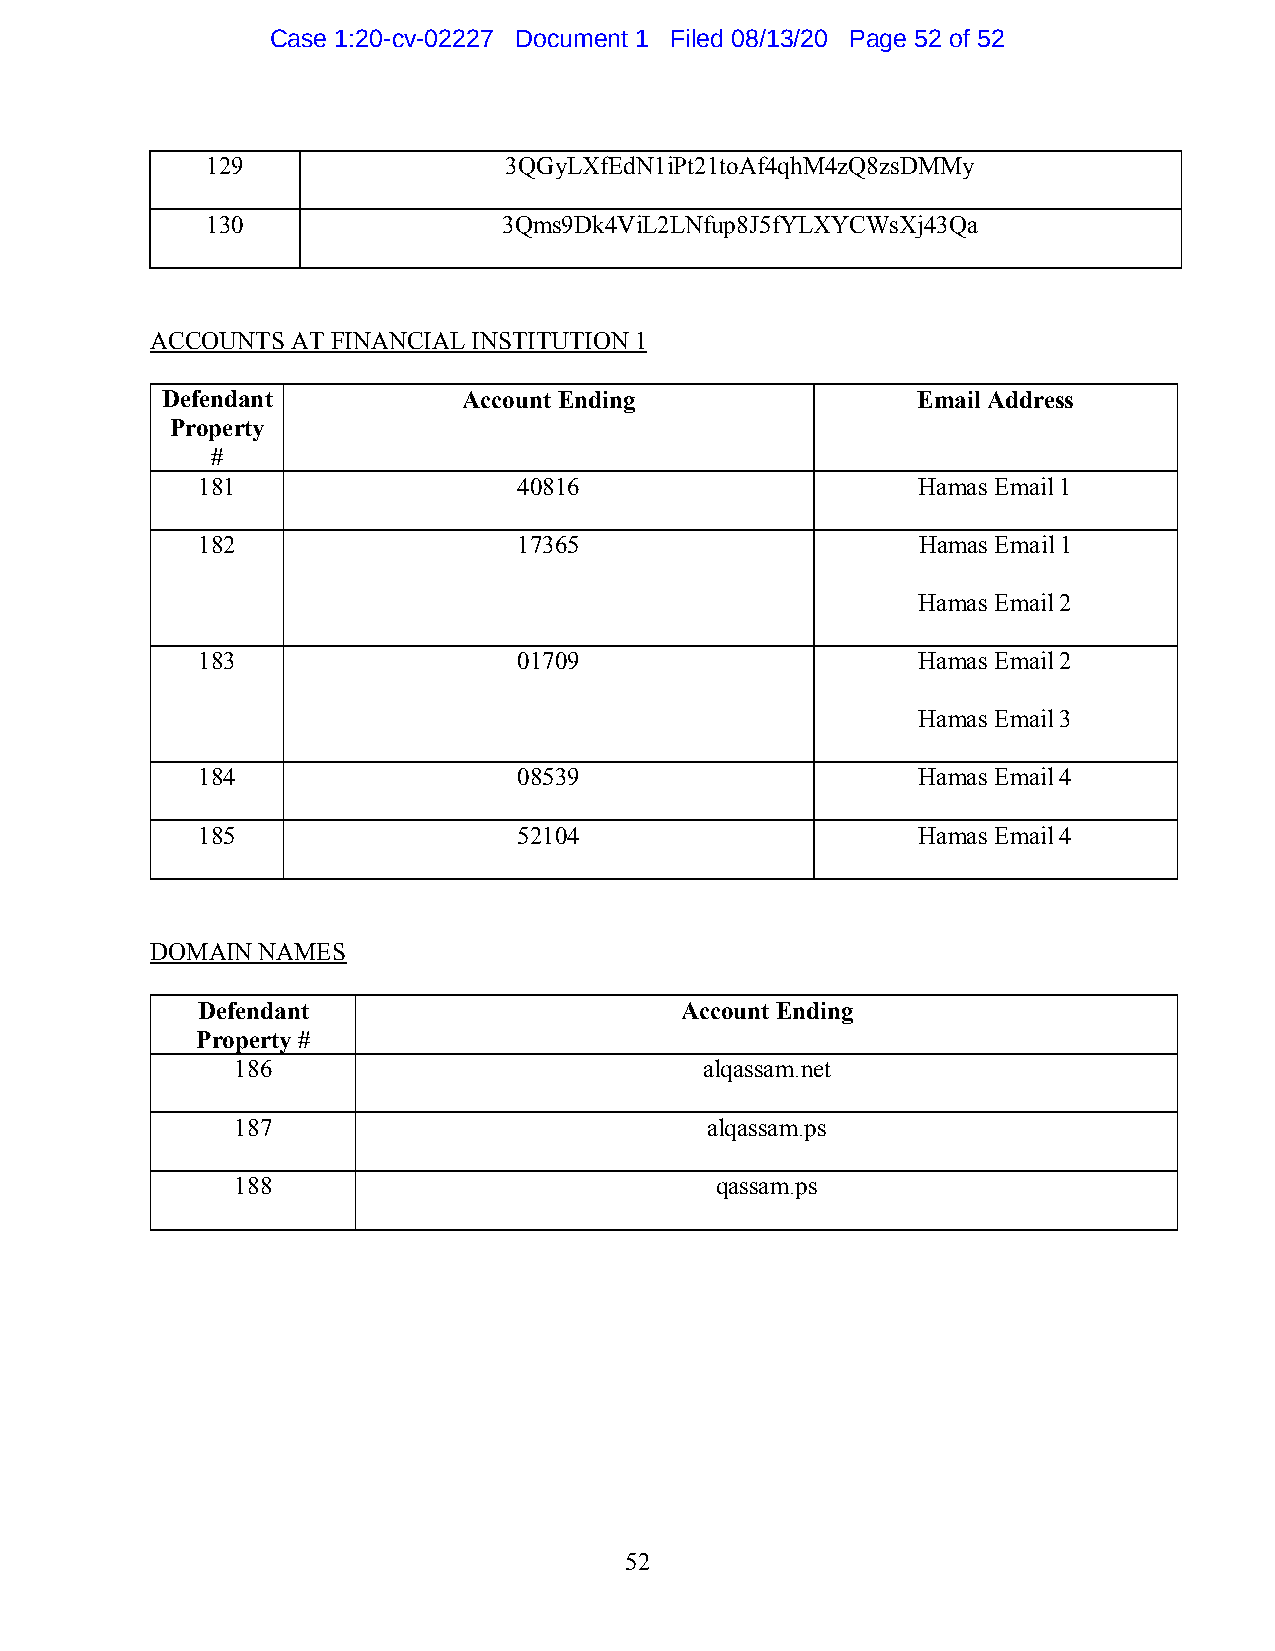
Case 1:20-cv-02227 Document 1 Filed 08/13/20 Page 52 of 52
 129                3QGyLXfEdN1iPt21toAf4qhM4zQ8zsDMMy
 130                3Qms9Dk4ViL2LNfup8J5fYLXYCWsXj43Qa
 ACCOUNTS AT FINANCIAL INSTITUTION 1
 Defendant           Account Ending                Email Address
 Property
 #
 181                  40816                      Hamas Email 1
 182                  17365                      Hamas Email 1
 Hamas Email 2
 183                  01709                      Hamas Email 2
 Hamas Email 3
 184                  08539                      Hamas Email 4
 185                  52104                      Hamas Email 4
 DOMAIN NAMES
 Defendant                       Account Ending
 Property #
 186                            alqassam.net
 187                            alqassam.ps
 188                            qassam.ps
 52